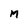
Character: M